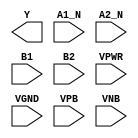
module sky130_fd_sc_lp__a2bb2oi (
    Y   ,
    A1_N,
    A2_N,
    B1  ,
    B2  ,
    VPWR,
    VGND,
    VPB ,
    VNB
);

    output Y   ;
    input  A1_N;
    input  A2_N;
    input  B1  ;
    input  B2  ;
    input  VPWR;
    input  VGND;
    input  VPB ;
    input  VNB ;
endmodule